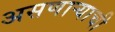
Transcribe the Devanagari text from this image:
असणाऱ्याची